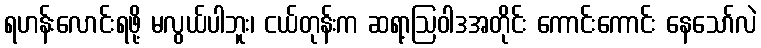
ရဟန်းလောင်းရဖို့ မလွယ်ပါဘူး၊ ငယ်တုန်းက ဆရာ့ဩဝါဒအတိုင်း ကောင်းကောင်း နေသော်လဲ